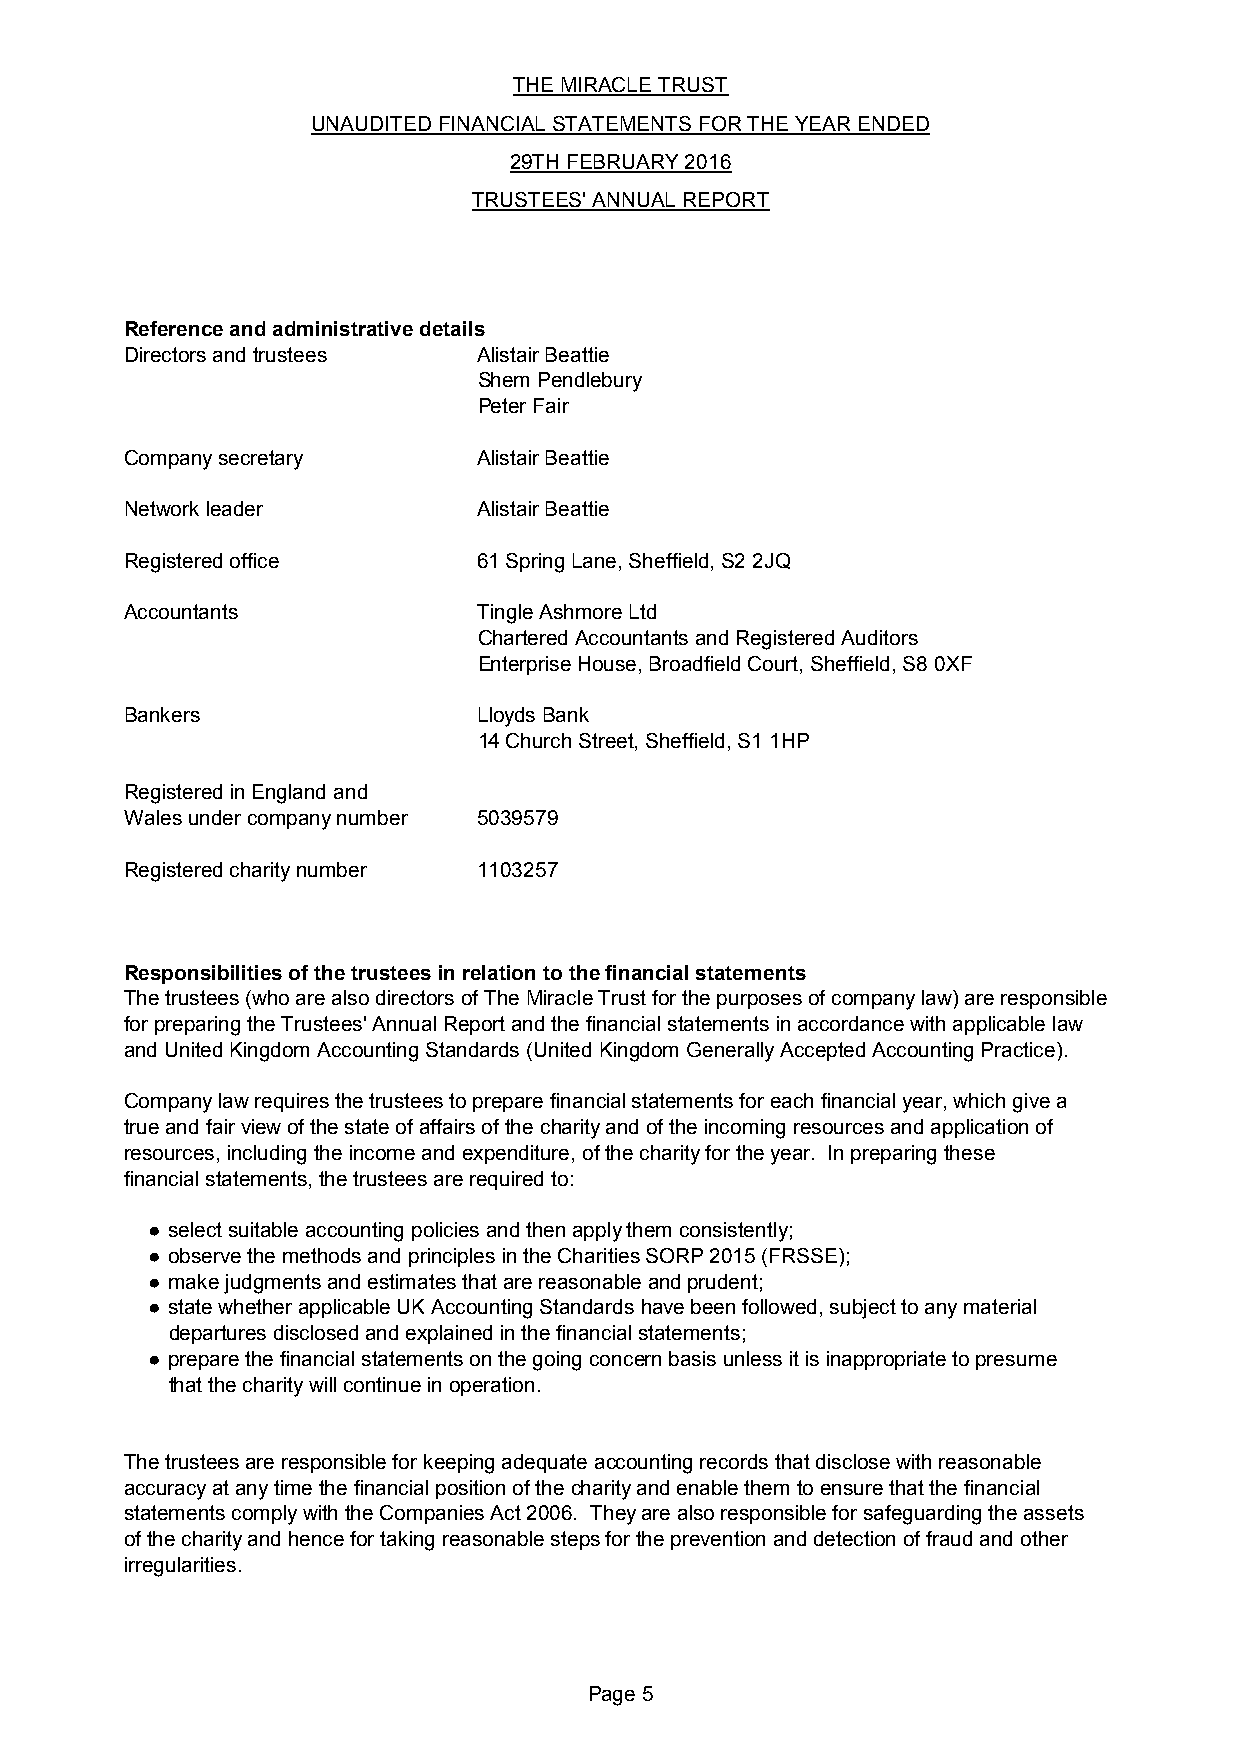
THE MIRACLE TRUST
 UNAUDITED FINANCIAL STATEMENTS FOR THE YEAR ENDED
 29TH FEBRUARY 2016
 TRUSTEES' ANNUAL REPORT
 Reference and administrative details
 Directors and trustees  Alistair Beattie
 Shem Pendlebury
 Peter Fair
 Company secretary       Alistair Beattie
 Network leader          Alistair Beattie
 Registered office       61 Spring Lane, Sheffield, S2 2JQ
 Accountants             Tingle Ashmore Ltd
 Chartered Accountants and Registered Auditors
 Enterprise House, Broadfield Court, Sheffield, S8 0XF
 Bankers                 Lloyds Bank
 14 Church Street, Sheffield, S1 1HP
 Registered in England and
 Wales under company number 5039579
 Registered charity number 1103257
 Responsibilities of the trustees in relation to the financial statements
 The trustees (who are also directors of The Miracle Trust for the purposes of company law) are responsible
 for preparing the Trustees' Annual Report and the financial statements in accordance with applicable law
 and United Kingdom Accounting Standards (United Kingdom Generally Accepted Accounting Practice).
 Company law requires the trustees to prepare financial statements for each financial year, which give a
 true and fair view of the state of affairs of the charity and of the incoming resources and application of
 resources, including the income and expenditure, of the charity for the year. In preparing these
 financial statements, the trustees are required to:
 ● select suitable accounting policies and then apply them consistently;
 ● observe the methods and principles in the Charities SORP 2015 (FRSSE);
 ● make judgments and estimates that are reasonable and prudent;
 ● state whether applicable UK Accounting Standards have been followed, subject to any material
 departures disclosed and explained in the financial statements;
 ● prepare the financial statements on the going concern basis unless it is inappropriate to presume
 that the charity will continue in operation.
 The trustees are responsible for keeping adequate accounting records that disclose with reasonable
 accuracy at any time the financial position of the charity and enable them to ensure that the financial
 statements comply with the Companies Act 2006. They are also responsible for safeguarding the assets
 of the charity and hence for taking reasonable steps for the prevention and detection of fraud and other
 irregularities.
 Page 5